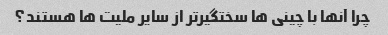
چرا آنها با چینی ها سختگیرتر از سایر ملیت ها هستند؟